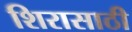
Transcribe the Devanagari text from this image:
शिरासाठी